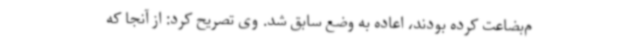
م‌بضاعت کرده بودند، اعاده به وضع سابق شد. وی تصریح کرد: از آنجا که